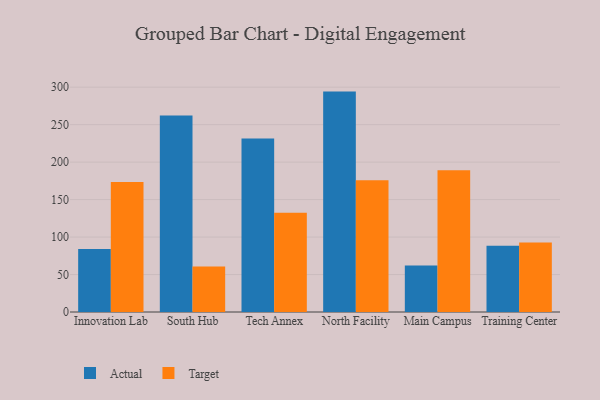
{"axis": {"x": "Campus", "y": "Shipments"}, "legend": ["Actual", "Target"], "data": [{"x": "Innovation Lab", "y": 84.0, "type": "Actual"}, {"x": "Innovation Lab", "y": 173.4, "type": "Target"}, {"x": "South Hub", "y": 262.2, "type": "Actual"}, {"x": "South Hub", "y": 60.8, "type": "Target"}, {"x": "Tech Annex", "y": 231.6, "type": "Actual"}, {"x": "Tech Annex", "y": 132.6, "type": "Target"}, {"x": "North Facility", "y": 294.1, "type": "Actual"}, {"x": "North Facility", "y": 175.9, "type": "Target"}, {"x": "Main Campus", "y": 62.0, "type": "Actual"}, {"x": "Main Campus", "y": 189.1, "type": "Target"}, {"x": "Training Center", "y": 88.5, "type": "Actual"}, {"x": "Training Center", "y": 92.9, "type": "Target"}]}